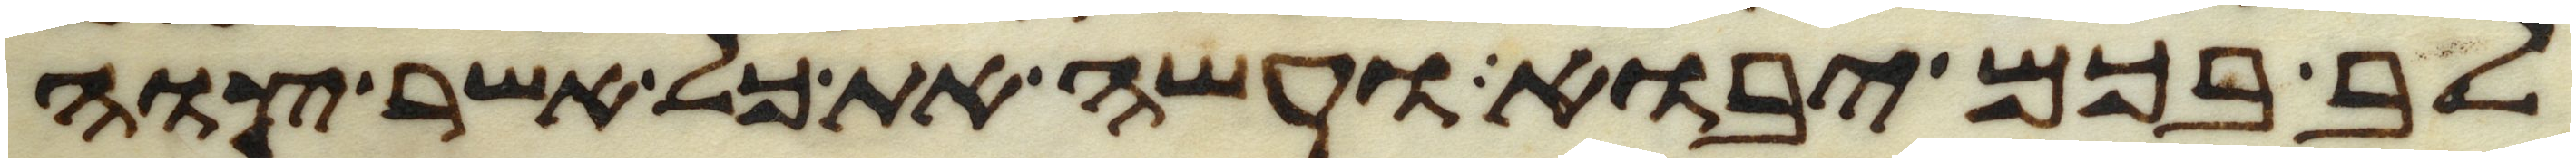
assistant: לב בכם יבוא ועשה את כל אשר צוה